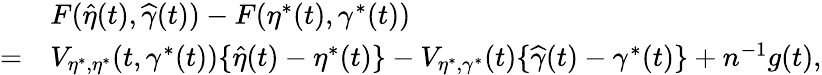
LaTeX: \begin{array}{rl}&{F(\widehat{\eta}(t),\widehat{\gamma}(t))-F(\eta^{*}(t),\gamma^{*}(t))}\\ {=}&{V_{\eta^{*},\eta^{*}}(t,\gamma^{*}(t))\{ \widehat{\eta}(t)-\eta^{*}(t)\} -V_{\eta^{*},\gamma^{*}}(t)\{ \widehat{\gamma}(t)-\gamma^{*}(t)\} +n^{-1}g(t),}\end{array}